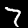
Label: 7